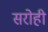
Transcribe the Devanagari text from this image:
सरोही